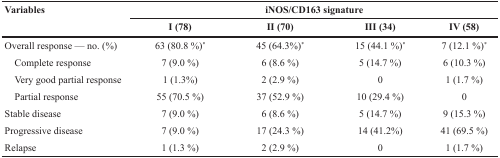
<table><thead><tr><td rowspan="2"><b>Variables</b></td><td colspan="4"><b>iNOS/CD163 signature</b></td></tr><tr><td><b>I (78)</b></td><td><b>II (70)</b></td><td><b>III (34)</b></td><td><b>IV (58)</b></td></tr></thead><tbody><tr><td>Overall response — no. (%)</td><td>63 (80.8 %)<sup>*</sup></td><td>45 (64.3%)<sup>*</sup></td><td>15 (44.1 %)<sup>*</sup></td><td>7 (12.1 %)<sup>*</sup></td></tr><tr><td> Complete response</td><td>7 (9.0 %)</td><td>6 (8.6 %)</td><td>5 (14.7 %)</td><td>6 (10.3 %)</td></tr><tr><td> Very good partial response</td><td>1 (1.3%)</td><td>2 (2.9 %)</td><td>0</td><td>1 (1.7 %)</td></tr><tr><td> Partial response</td><td>55 (70.5 %)</td><td>37 (52.9 %)</td><td>10 (29.4 %)</td><td>0</td></tr><tr><td>Stable disease</td><td>7 (9.0 %)</td><td>6 (8.6 %)</td><td>5 (14.7 %)</td><td>9 (15.3 %)</td></tr><tr><td>Progressive disease</td><td>7 (9.0 %)</td><td>17 (24.3 %)</td><td>14 (41.2%)</td><td>41 (69.5 %)</td></tr><tr><td>Relapse</td><td>1 (1.3 %)</td><td>2 (2.9 %)</td><td>0</td><td>1 (1.7 %)</td></tr></tbody></table>